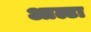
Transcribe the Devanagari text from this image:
आल्टा